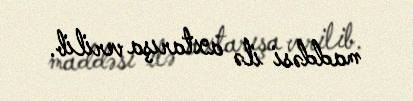
maddəsi ilə axtarışa verilib.